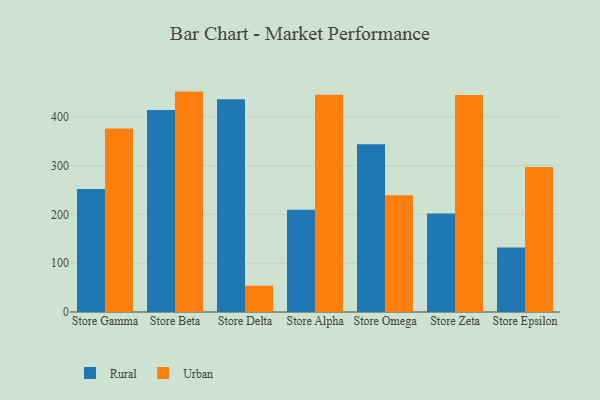
{"axis": {"x": "Store", "y": "LTV (USD)"}, "legend": ["Rural", "Urban"], "data": [{"x": "Store Gamma", "y": 252.2, "type": "Rural"}, {"x": "Store Gamma", "y": 375.8, "type": "Urban"}, {"x": "Store Beta", "y": 414.1, "type": "Rural"}, {"x": "Store Beta", "y": 451.6, "type": "Urban"}, {"x": "Store Delta", "y": 435.7, "type": "Rural"}, {"x": "Store Delta", "y": 54.0, "type": "Urban"}, {"x": "Store Alpha", "y": 209.5, "type": "Rural"}, {"x": "Store Alpha", "y": 445.2, "type": "Urban"}, {"x": "Store Omega", "y": 343.8, "type": "Rural"}, {"x": "Store Omega", "y": 239.2, "type": "Urban"}, {"x": "Store Zeta", "y": 201.7, "type": "Rural"}, {"x": "Store Zeta", "y": 444.7, "type": "Urban"}, {"x": "Store Epsilon", "y": 132.3, "type": "Rural"}, {"x": "Store Epsilon", "y": 297.0, "type": "Urban"}]}